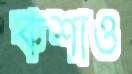
কশাও